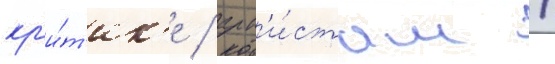
кр'и́т'ик'е / арт'и́стам /